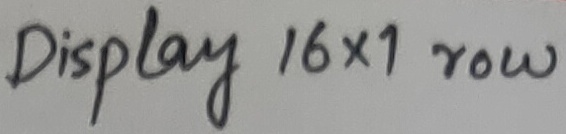
Text: Display 16x1 row